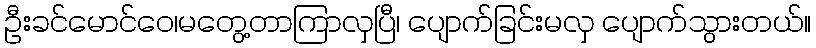
ဦးခင်မောင်ဝေ၊မတွေ့တာကြာလှပြီ၊ ပျောက်ခြင်းမလှ ပျောက်သွားတယ်။